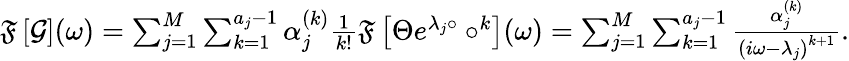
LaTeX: \begin{array}{r}{\mathfrak{F}\left[\mathcal{G}\right](\omega)=\sum_{j=1}^{M}\sum_{k=1}^{a_{j}-1}\alpha_{j}^{(k)}\frac{1}{k!}\mathfrak{F}\left[\Theta e^{\lambda_{j}\circ}\circ^{k}\right](\omega)=\sum_{j=1}^{M}\sum_{k=1}^{a_{j}-1}\frac{\alpha_{j}^{(k)}}{\left(i\omega-\lambda_{j}\right)^{k+1}}.}\end{array}